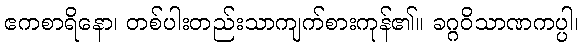
ဧကစာရိနော၊ တစ်ပါးတည်းသာကျက်စားကုန်၏။ ခဂ္ဂဝိသာဏကပ္ပါ၊